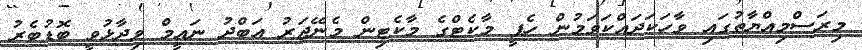
މިރަސްމިއްޔާތުގައި ވާހަކަދައްކަވަމުން ހެޕީ މާކެޓްގެ މާކެޓިން މެނޭޖަރު އަބްދު ނައީމް ވިދާޅުވީ ބޮޑުބެރު